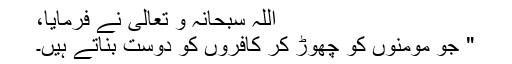
اللہ سبحانہ و تعالیٰ نے فرمایا،
" جو مومنوں کو چھوڑ کر کافروں کو دوست بناتے ہیں۔